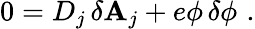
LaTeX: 0=D_{j}\, \delta\mathbf{A}_{j}+e\phi\, \delta\phi\, \, .